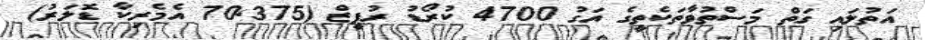
އަތުލައި ގަތް މަސްތުވާތަކެތީގެ އަގު 4700 ކުރޯޑު ރުޕީޒް (70